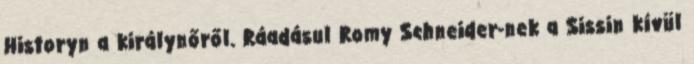
Historyn a királynőről. Ráadásul Romy Schneider-nek a Sissin kívül